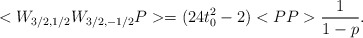
\begin{align*}<W_{3/2,1/2}W_{3/2,-1/2}P>=(24t_{0}^{2}-2)<PP>\frac{1}{1-p} .\end{align*}